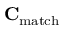
\mathbf { C } _ { \mathrm { m a t c h } }